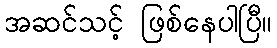
အဆင်သင့် ဖြစ်နေပါပြီ။